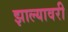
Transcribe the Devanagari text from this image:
झाल्यावरी